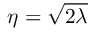
\eta = \sqrt { 2 \lambda }